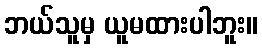
ဘယ်သူမှ ယူမထားပါဘူး။